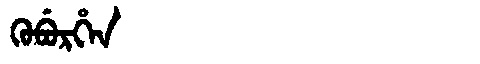
Manchu: ᡴᡠᠪᡠᡵᡥᡝᠨ
Romanization: KUBURHEN